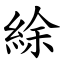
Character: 䋡